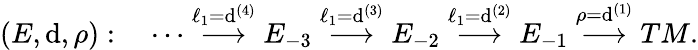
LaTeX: (E,\mathrm{d},\rho):\quad\cdots\stackrel{\ell_{1}=\mathrm{d}^{(4)}}\longrightarrow E_{-3}\stackrel{\ell_{1}=\mathrm{d}^{(3)}}{\longrightarrow}E_{-2}\stackrel{\ell_{1}=\mathrm{d}^{(2)}}{\longrightarrow}E_{-1}\stackrel{\rho=\mathrm{d}^{(1)}}{\longrightarrow}TM.